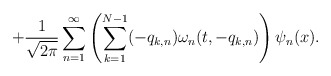
\begin{align*}+\frac{1}{\sqrt{2\pi}}\sum_{n=1}^{\infty}\left(\sum\limits_{k=1}^{N-1}(-q_{k,n})\omega_n(t,-q_{k,n})\right)\psi_n(x).\end{align*}